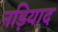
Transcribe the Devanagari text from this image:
नड़ियाद